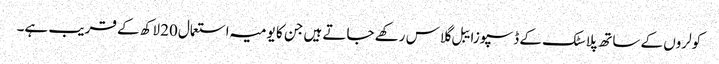
کولروں کے ساتھ پلاسٹک کے ڈسپوزایبل گلاس رکھے جاتے ہیں جن کا یومیہ استعمال20 لاکھ کے قریب ہے۔